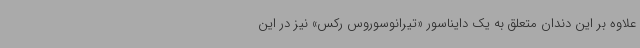
علاوه بر این دندان متعلق به یک دایناسور «تیرانوسوروس رکس» نیز در این